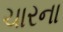
ચારના